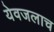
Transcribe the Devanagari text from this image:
येवजलाच